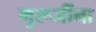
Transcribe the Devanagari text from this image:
गुरूजींना